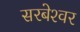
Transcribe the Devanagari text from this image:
सरबेश्‍वर